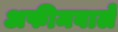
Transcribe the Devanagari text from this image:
अफीमवाले